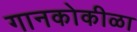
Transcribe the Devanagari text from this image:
गानकोकीळा